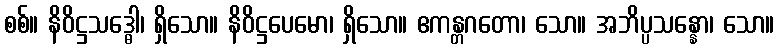
စစ်။ နိဝိဋ္ဌသဒ္ဓေါ၊ ရှိသော။ နိဝိဋ္ဌပေမော၊ ရှိသော။ ဧကန္တဂတော၊ သော။ အဘိပ္ပသန္နော၊ သော။